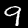
Digit: 9